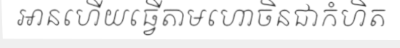
អានហើយធ្វើតាមហោចិនជាកំហិត